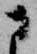
に